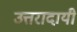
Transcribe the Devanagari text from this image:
उत्तरादायी